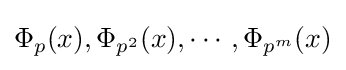
\Phi _{p}(x),\Phi _{p^{2}}(x),\cdots ,\Phi _{p^{m}}(x)